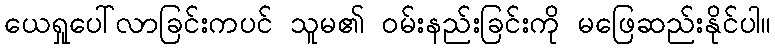
ယေရှုပေါ်လာခြင်းကပင် သူမ၏ ဝမ်းနည်းခြင်းကို မဖြေဆည်းနိုင်ပါ။